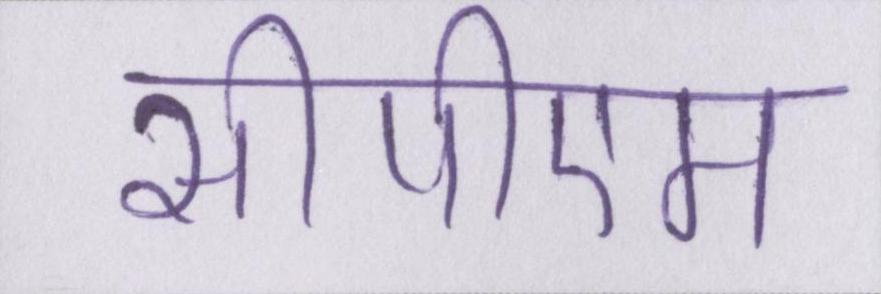
सीपीएम